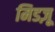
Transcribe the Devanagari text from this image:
मिडज़ू